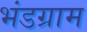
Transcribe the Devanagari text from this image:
भंडग्राम